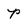
Character: p